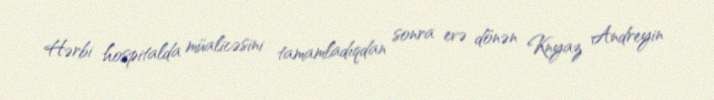
Hərbi hospitalda müalicəsini tamamladıqdan sonra evə dönən Knyaz Andreyin